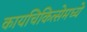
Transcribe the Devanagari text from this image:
कायचिकित्सेमध्ये